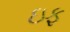
ઇફ